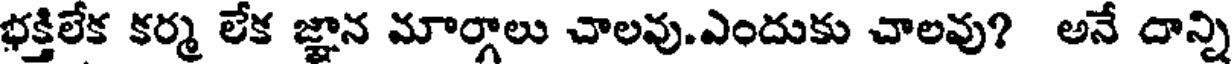
భక్తిలేక కర్మ లేక జ్ఞాన మార్గాలు చాలవు.ఎందుకు చాలవు? అనే దాన్ని